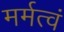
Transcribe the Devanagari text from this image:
मर्मत्वं